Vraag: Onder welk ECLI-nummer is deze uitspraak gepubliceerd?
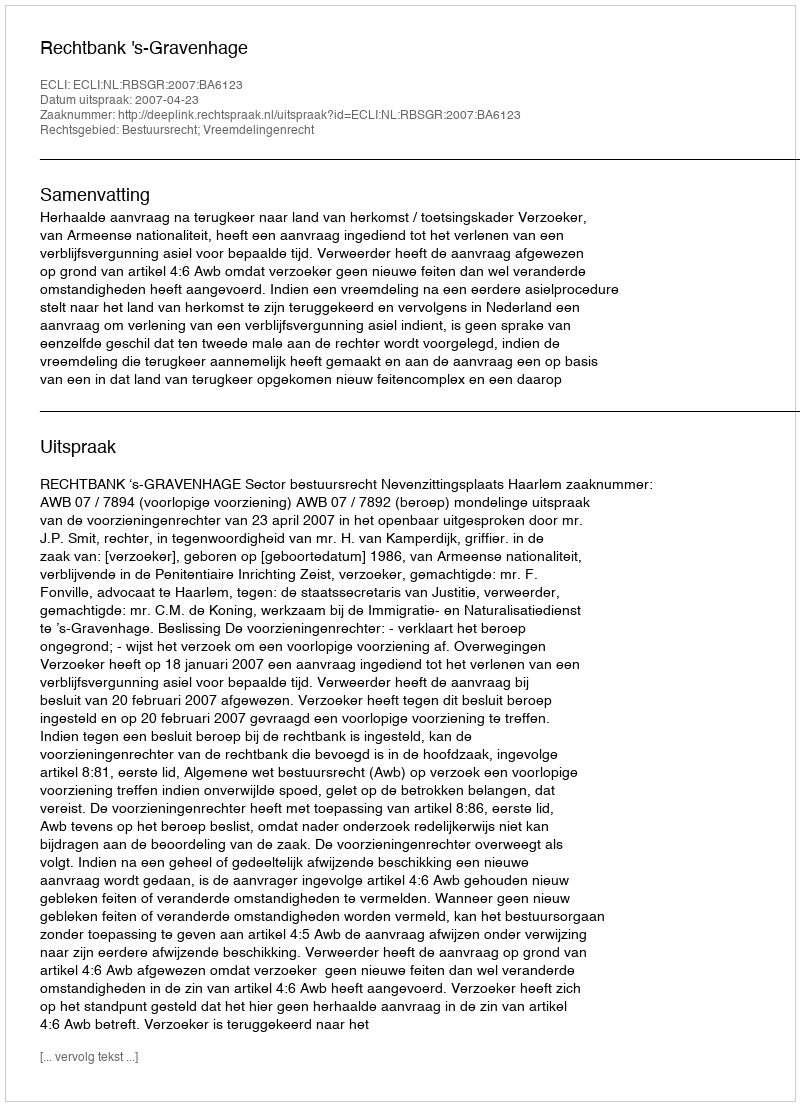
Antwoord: ECLI:NL:RBSGR:2007:BA6123